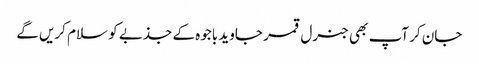
جان کر آپ بھی جنرل قمر جاوید باجوہ کے جذبے کو سلام کریں گے